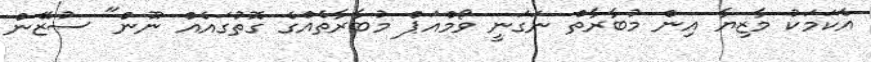
އެކަމަކު މާޒިޔާ އިން މުބާރާތް ނަގަނީ ވޯމްއަޕް މުބާރާތެއްގެ ގޮތުގައެއް ނޫން" ސުޒޭން